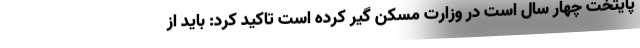
پایتخت چهار سال است در وزارت مسکن گیر کرده است تاکید کرد: باید از